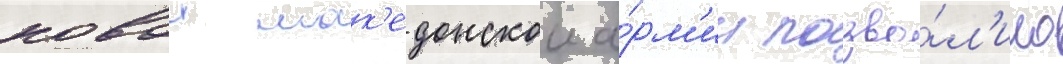
новои мак'едонскои а́рм'ии позво́л'ило